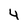
Character: 4